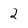
Character: 2